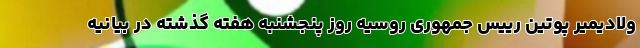
ولادیمیر پوتین رییس جمهوری روسیه روز پنجشنبه هفته گذشته در بیانیه